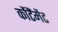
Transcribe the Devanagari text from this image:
कोंटैंमेंट